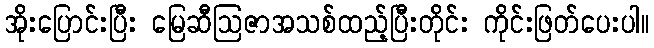
အိုးပြောင်းပြီး မြေဆီဩဇာအသစ်ထည့်ပြီးတိုင်း ကိုင်းဖြတ်ပေးပါ။